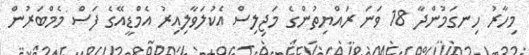
މިހާރު ހިނގަމުންދާ 18 ވަނަ ރައްޔިތުންގެ މަޖިލިސް އެކުލަވާލިއިރު އެމްޑީއޭގެ ފަސް މެމްބަރުން